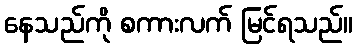
နေသည်ကို စကားလက် မြင်ရသည်။